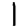
Digit: 1